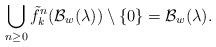
LaTeX: \begin{align*}\bigcup_{n\geq0} \tilde{f}_k^n (\mathcal{B}_w(\lambda)) \setminus \{ 0 \} = \mathcal{B}_{w}(\lambda).\end{align*}